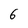
Character: 6